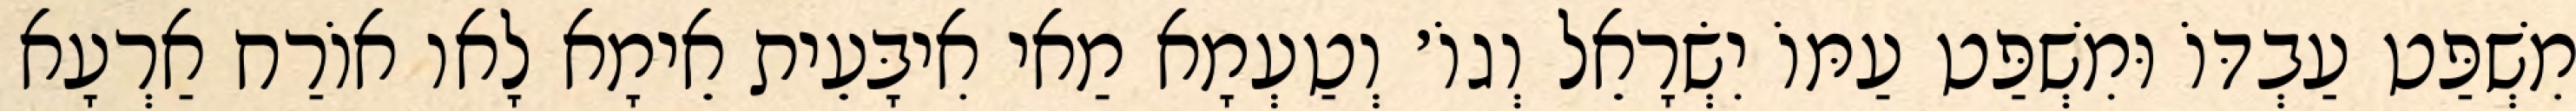
מִשְׁפַּט עַבְדּוֹ וּמִשְׁפַּט עַמּוֹ יִשְׂרָאֵל וְגוֹ׳ וְטַעְמָא מַאי אִיבָּעֵית אֵימָא לָאו אוֹרַח אַרְעָא